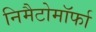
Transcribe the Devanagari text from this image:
निमैटोमॉर्फा